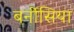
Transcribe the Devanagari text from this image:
बर्नीसिया